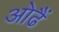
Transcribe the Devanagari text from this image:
ओढैं